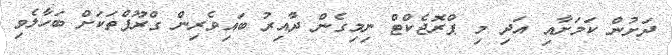
ދަށުން ކަމަށާއި އަދި މި ޕްރޮޖެކްޓް ނިމިގެން ދާއިރު ބައިވެރިން ގްރޫޕްތަކަށް ބަހާލެވި